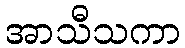
အာသီသကာ